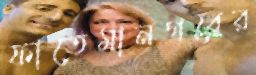
ফাতেমানগরের